Leaving Certificate Examination, 1916
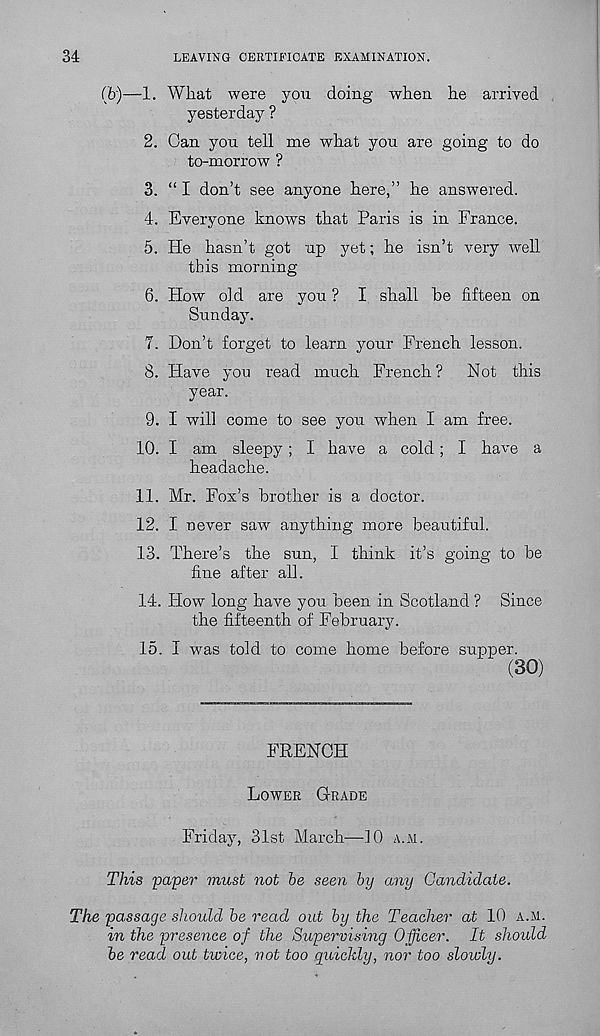
34
LEAVING CERTIFICATE EXAMINATION.
(b)—1. What were you doing when he arrived
yesterday ?
2. Gan you tell me what you are going to do
to-morrow ?
3. “ I don’t see anyone here,” he answered.
4. Everyone knows that Paris is in France.
5. He hasn’t got up yet; he isn’t very well
this morning
6. How old are you ? I shall be fifteen on
Sunday.
T. Don’t forget to learn your French lesson.
8. Have you read much French?
Not this
year.
9. I will come to see you when I am free.
10. I am sleepy; I have a cold; I have a
headache.
11. Mr. Fox’s brother is a doctor.
12. I never saw anything more beautiful.
13. There’s the sun, I think it’s going to be
fine after all.
14. How long have you been in Scotland ? Since
the fifteenth of February.
15. I was told to come home before supper.
(30)
FRENCH
Lower Grade
Friday, 31st March—10 a.m.
This paper must not be seen by any Candidate.
The passage should be read out by the Teacher at 10 a.m.
in the presence of the Supervising Officer. It should
be read out twice, not too quickly, nor too slowly.